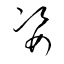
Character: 姿